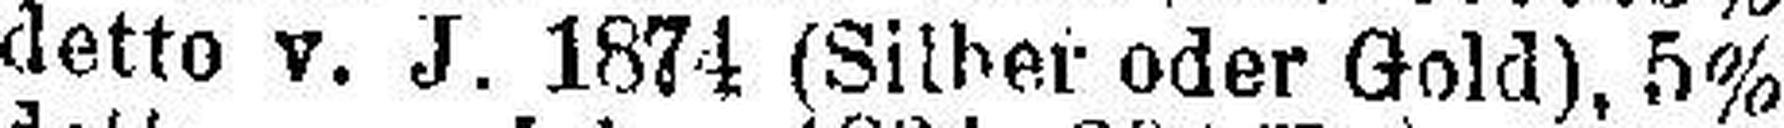
detto v. J. 1874 (Silber oder Gold), 5%